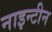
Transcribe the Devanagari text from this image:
नाइन्टीन